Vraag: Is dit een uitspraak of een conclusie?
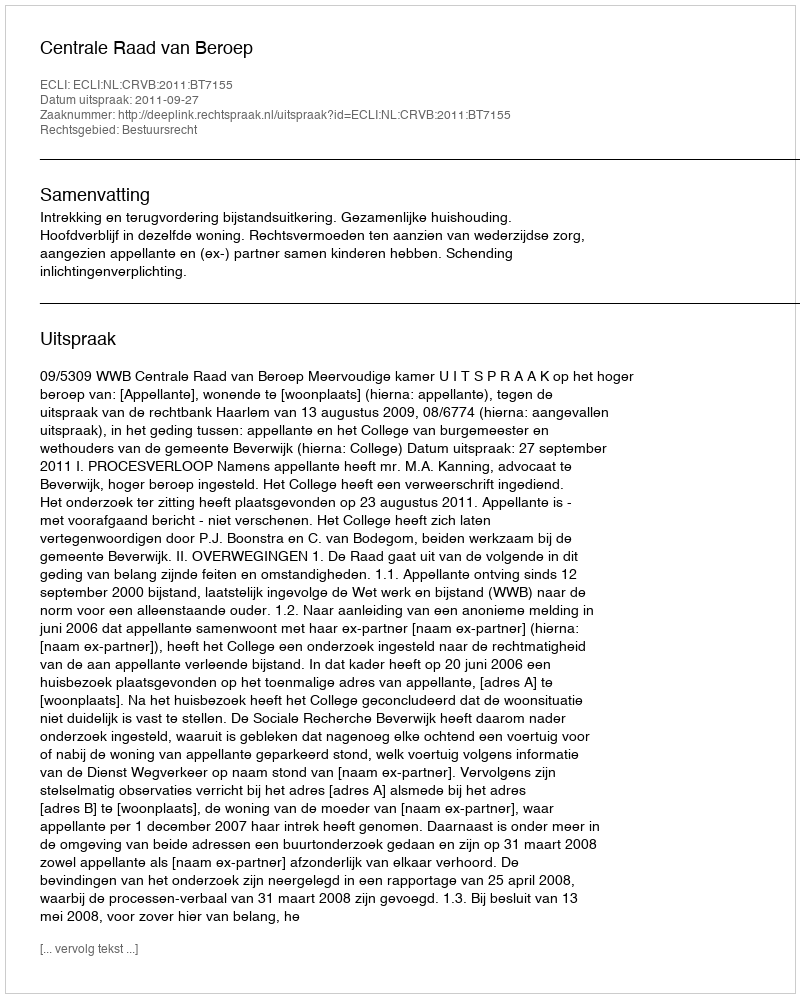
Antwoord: Uitspraak